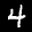
Label: 4